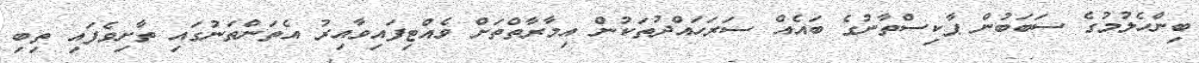
ބިންހެލުމުގެ ސަބަބުން ޕާކިސްތާނުގެ ބައެއް ސަރަހައްދުތަކުން އިމާރާތްތަށް ވެއްޓިފައިވާއިރު އެތަންތަނުގައި ތާށިވެފައި ތިބި